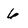
Character: 6